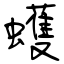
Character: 蠖